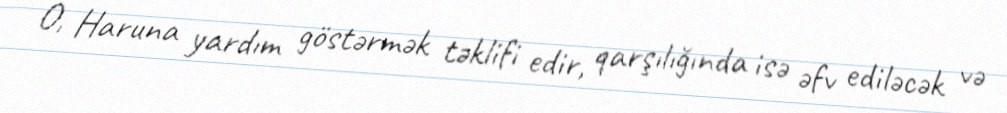
O, Haruna yardım göstərmək təklifi edir, qarşılığında isə əfv ediləcək və